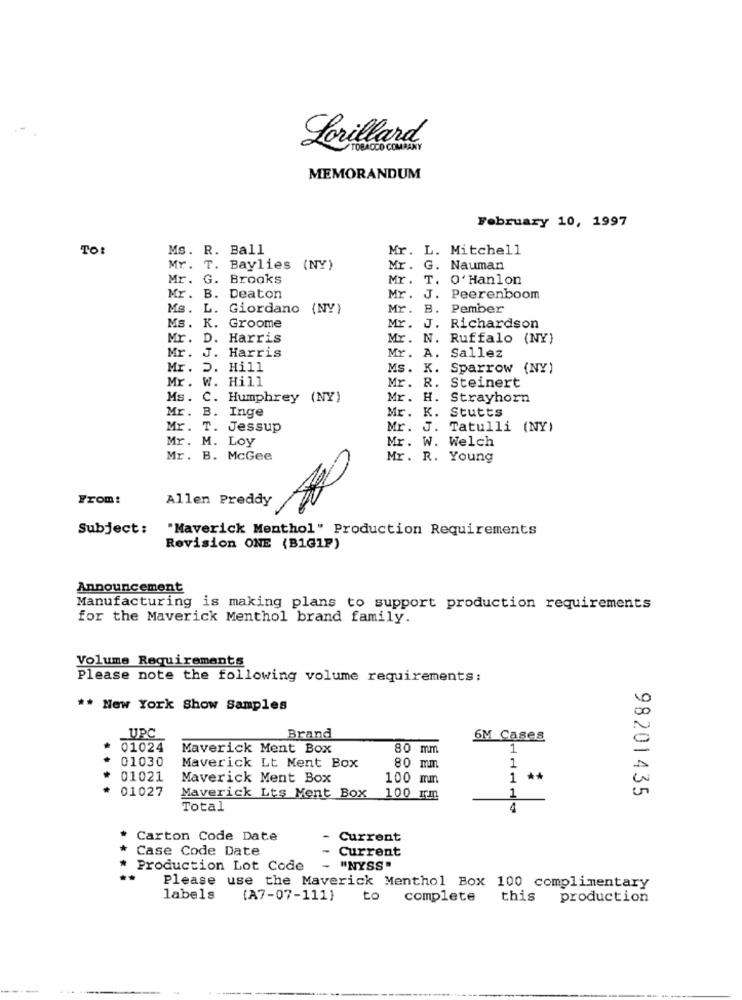
Lorillard
MEMORANDUM
February 10, 1997
TO:
Ms. R. Ball
Mr. L. Mitchell
Mr. T. Baylies (NY)
Mr. G. Nauman
Mr. G. Brooks
Mr.
T. O' Hanlon
Mr. B. Deaton
Mr. J. Peerenboom
Ms. L. Giordano (NY)
Mr. B. Pember
Ms. K. Groome
Mr. J. Richardson
Mr. D. Harris
Mr. N. Ruffalo (NY)
Mr. J. Harris
Mr. A. Sallez
Mr. D. Hill
Ms. K. Sparrow (NY)
Mr .
W. Hill
Mr. R. Steinert
Ms.
C. Humphrey (NY)
Mr. H. Strayhorn
Mr.
B. Inge
Mr. K. Stutts
Mr.
T. Jessup
Mr. J. Tatulli (NY)
Mr. M. Loy
Mr. W. Welch
Mr. B. McGee
Mr. R. Young
From:
Allen Preddy
Subject:
"Maverick Menthol" Production Requirements
Revision ONE (B1G1P)
Announcement
Manufacturing is making plans to support production requirements
for the Maverick Menthol brand family.
Volume Requirements
Please note the following volume requirements:
** New York Show Samples
UPC
Brand
6M Cases
01024
Maverick Ment Box
80 mm
1
01030
1
Maverick Lt Ment Box
80 mm
01021
Maverick Ment Box
100 mm
1
**
....
01027
98201435
Maverick Lts Ment Box
100 mm
1
Total
4
Carton Code Date
- Current
Case Code Date
Current
Production Lot Code
- "NYSS.
..
Please use the Maverick Menthol Box 100 complimentary
labels
{A7-07-111}
to
complete
this
production
--
.. .